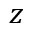
z